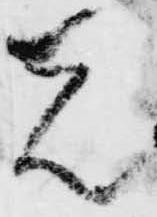
先